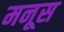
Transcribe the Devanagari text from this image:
मनूस